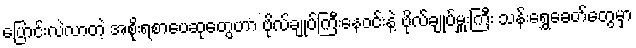
ပြောင်းလဲလာတဲ့ အစိုးရစာပေဆုတွေဟာ ဗိုလ်ချုပ်ကြီးနေဝင်းနဲ့ ဗိုလ်ချုပ်မှူးကြီး သန်းရွှေခေတ်တွေမှာ